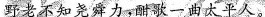
野老不知尧舜力，酣歌一曲太平人。